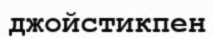
джойстикпен